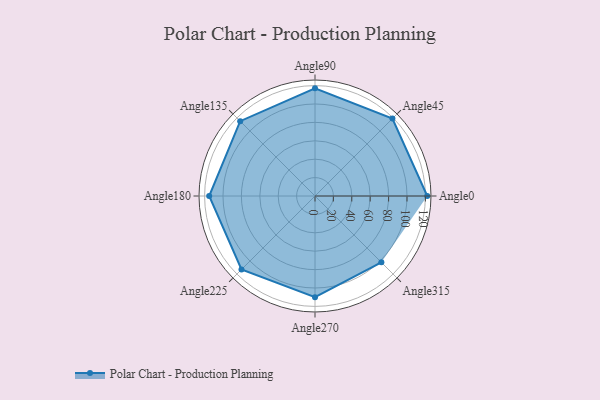
{"axis": {"x": "Angle", "y": "Radius"}, "legend": [""], "data": [{"x": "Angle0", "y": 122.0, "type": ""}, {"x": "Angle45", "y": 119.0, "type": ""}, {"x": "Angle90", "y": 117.0, "type": ""}, {"x": "Angle135", "y": 115.0, "type": ""}, {"x": "Angle180", "y": 115.0, "type": ""}, {"x": "Angle225", "y": 113.0, "type": ""}, {"x": "Angle270", "y": 110.0, "type": ""}, {"x": "Angle315", "y": 102.0, "type": ""}]}